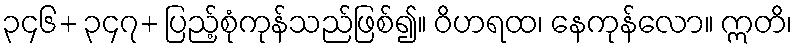
၃၄၆+ ၃၄၇+ ပြည့်စုံကုန်သည်ဖြစ်၍။ ဝိဟရထ၊ နေကုန်လော။ ဣတိ၊